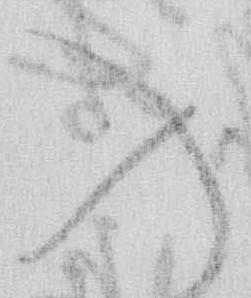
入